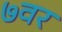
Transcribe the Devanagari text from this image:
७वर